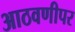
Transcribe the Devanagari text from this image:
आठवणीपर